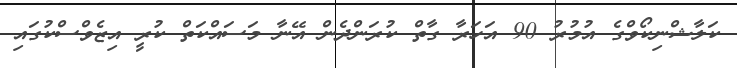
ކަލާޝްނިކޯވްގެ އުމުރު 90 އަހަރާ ގާތް ކުރަންދެން އޭނާ މަސައްކަތް ކުރީ އިޒެވްސްކުގައި